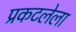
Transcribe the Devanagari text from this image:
प्रकटलेला